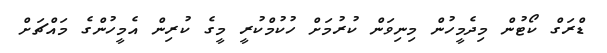
ޑްރަގް ކޯޓުން މިދެމީހުން މިނިވަން ކުރުމަށް ހުކުމްކުރީ މީގެ ކުރިން އެމީހުންގެ މައްޗަށް